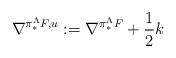
LaTeX: \begin{align*}\nabla^{\pi^\Lambda_*F, u}:=\nabla^{\pi^\Lambda_*F}+\frac{1}{2}k\end{align*}